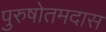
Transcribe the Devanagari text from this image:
पुरुषोतमदास